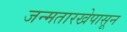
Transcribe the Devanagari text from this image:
जन्मतारखेपासून